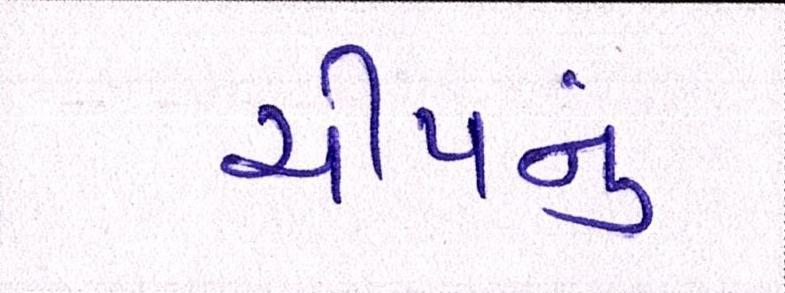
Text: ચીપનું